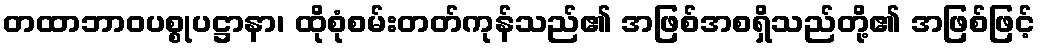
တထာဘာဝပစ္စုပဋ္ဌာနာ၊ ထိုစုံစမ်းတတ်ကုန်သည်၏ အဖြစ်အစရှိသည်တို့၏ အဖြစ်ဖြင့်